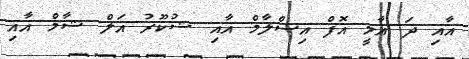
އާއި ދަ އާމީ އޮފް އިސްލާމް އާއި ޝުކޫރު އަލް ޝާމް އާއި